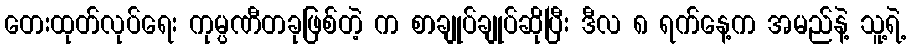
တေးထုတ်လုပ်ရေး ကုမ္ပဏီတခုဖြစ်တဲ့ က စာချုပ်ချုပ်ဆိုပြီး ဒီလ ၈ ရက်နေ့က အမည်နဲ့ သူ့ရဲ့